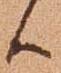
候